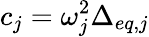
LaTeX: c_{j}=\omega_{j}^{2}\Delta_{eq,j}